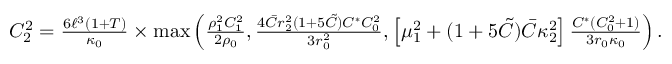
\begin{array} { r } { C _ { 2 } ^ { 2 } = \frac { 6 \ell ^ { 3 } ( 1 + T ) } { \kappa _ { 0 } } \times \operatorname* { m a x } \left( \frac { \rho _ { 1 } ^ { 2 } C _ { 1 } ^ { 2 } } { 2 \rho _ { 0 } } , \frac { 4 \bar { C } r _ { 2 } ^ { 2 } ( 1 + 5 \tilde { C } ) C ^ { \ast } C _ { 0 } ^ { 2 } } { 3 r _ { 0 } ^ { 2 } } , \left[ \mu _ { 1 } ^ { 2 } + ( 1 + 5 \tilde { C } ) \bar { C } \kappa _ { 2 } ^ { 2 } \right] \frac { C ^ { \ast } ( C _ { 0 } ^ { 2 } + 1 ) } { 3 r _ { 0 } \kappa _ { 0 } } \right) . } \end{array}